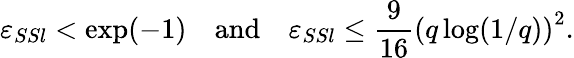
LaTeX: \varepsilon_{SSl}<\exp(-1)\quad\mathrm{and}\quad\varepsilon_{SSl}\leq\frac{9}{16}\left(q\log(1/q)\right)^{2}.